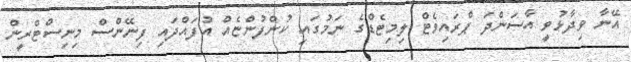
އޭނާ ވިދާޅުވީ އާސަންދަ ޕްރައިވެޓް ލިމިޓެޑްގެ ނަމުގައި ކުންފުންޏެއް އުފައްދައި ފިނޭންސް މިނިސްޓްރީން